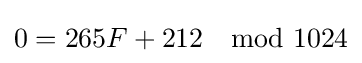
0=265F+212\mod 1024